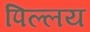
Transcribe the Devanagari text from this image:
पिल्लय